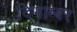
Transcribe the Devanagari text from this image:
दिगाम्बर